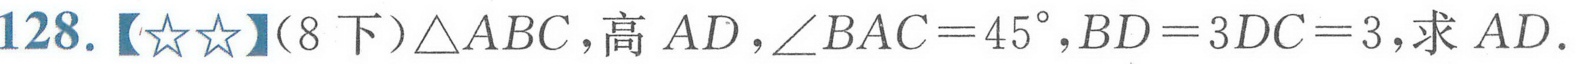
128. 【\(☆☆\)】(8下)\(\triangle ABC\),高\(AD\),\(\angle BAC = 45^{\circ},BD = 3DC = 3\),求\(AD\).